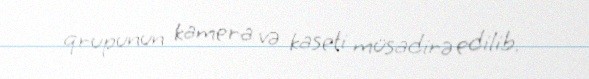
qrupunun kamera və kaseti müsadirə edilib.